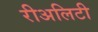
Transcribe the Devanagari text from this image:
रीअलिटी